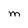
Character: M